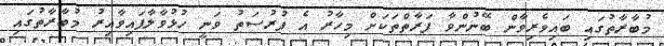
މުބާރާތުގައި ބައިވެރިވާން ބޭނުންވާ ފަރާތްތަކަށް މިހާރު އެ ފުރުސަތު ވަނީ ހުޅުވާލާފައިވާއިރު މުބާރާތުގައި